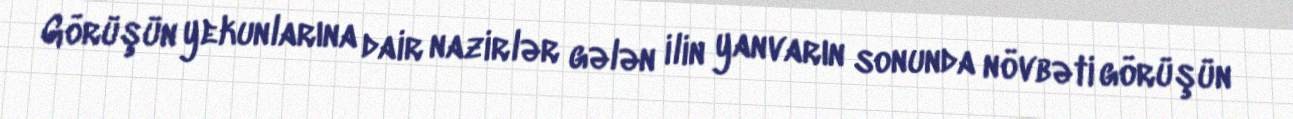
Görüşün yekunlarına dair nazirlər gələn ilin yanvarın sonunda növbəti görüşün